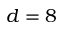
d = 8